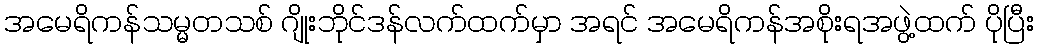
အမေရိကန်သမ္မတသစ် ဂျိုးဘိုင်ဒန်လက်ထက်မှာ အရင် အမေရိကန်အစိုးရအဖွဲ့ထက် ပိုပြီး